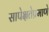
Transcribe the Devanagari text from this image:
सापेक्षतेप्रमाणे